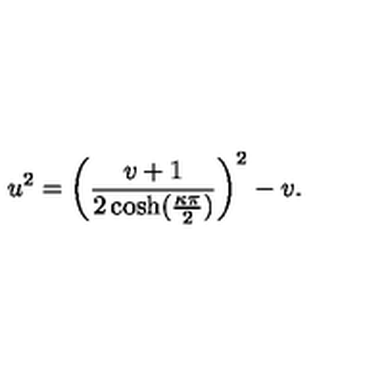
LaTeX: u ^ { 2 } = \left( \frac { v + 1 } { 2 \cosh ( \frac { \kappa \pi } { 2 } ) } \right) ^ { 2 } - v .